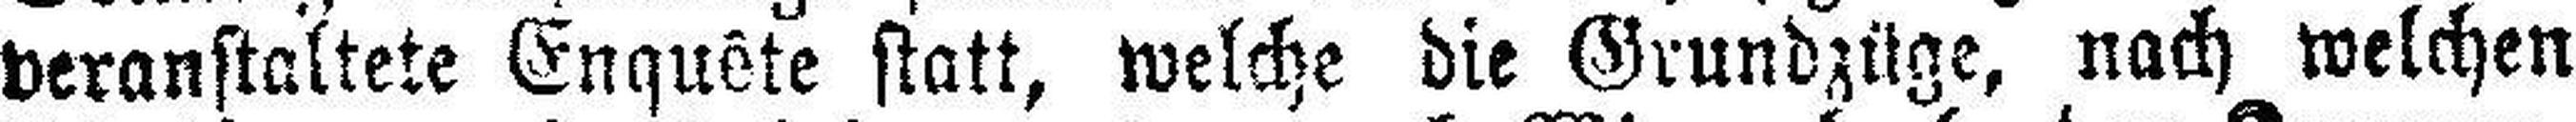
veranstaltete Enquête statt, welche die Grundzüge, nach welchen